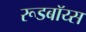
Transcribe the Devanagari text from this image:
रूडबॉय्स